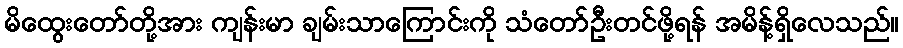
မိထွေးတော်တို့အား ကျန်းမာ ချမ်းသာကြောင်းကို သံတော်ဦးတင်ဖို့ရန် အမိန့်ရှိလေသည်။